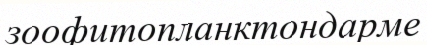
зоофитопланктондарме